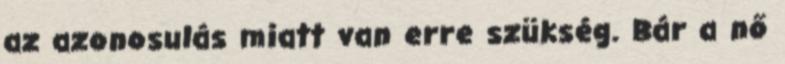
az azonosulás miatt van erre szükség. Bár a nő